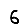
Digit: 6